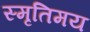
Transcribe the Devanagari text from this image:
स्मृतिमय